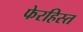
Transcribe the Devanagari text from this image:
फेरहिस्त